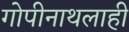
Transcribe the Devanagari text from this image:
गोपीनाथलाही